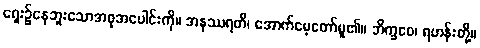
ရှေး၌နေဘူးသောအစုအပေါင်းကို။ အနုဿရတိ၊ အောက်မေ့တော်မူ၏။ ဘိက္ခဝေ၊ ရဟန်းတို့။